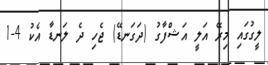
ލީގުގައި މިރޭ އަލީ އަޝްފާގު (ދަގަނޑޭ) ޖެހި ދެ ލަނޑާ އެކު 4-1